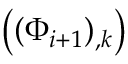
\left( ( \Phi _ { i + 1 } ) _ { , k } \right)